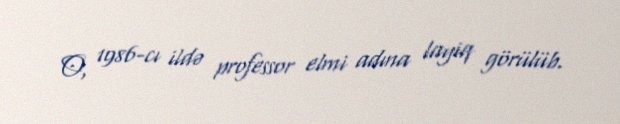
O, 1986-cı ildə professor elmi adına layiq görülüb.